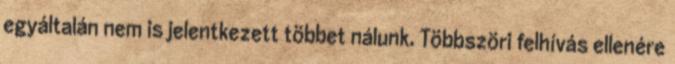
egyáltalán nem is jelentkezett többet nálunk. Többszöri felhívás ellenére